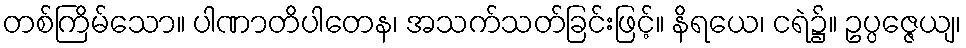
တစ်ကြိမ်သော။ ပါဏာတိပါတေန၊ အသက်သတ်ခြင်းဖြင့်။ နိရယေ၊ ငရဲ၌။ ဥပ္ပဇ္ဇေယျ၊